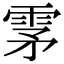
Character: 雺